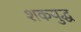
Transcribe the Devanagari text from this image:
शकयुद्ध